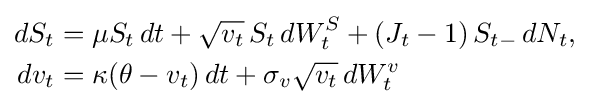
{\begin{aligned}dS_{t}&=\mu S_{t}\,dt+{\sqrt {v_{t}}}\,S_{t}\,dW_{t}^{S}+(J_{t}-1)\,S_{t-}\,dN_{t},\\dv_{t}&=\kappa (\theta -v_{t})\,dt+\sigma _{v}{\sqrt {v_{t}}}\,dW_{t}^{v}\end{aligned}}